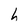
Character: h